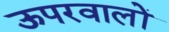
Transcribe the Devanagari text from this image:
ऊपरवालों